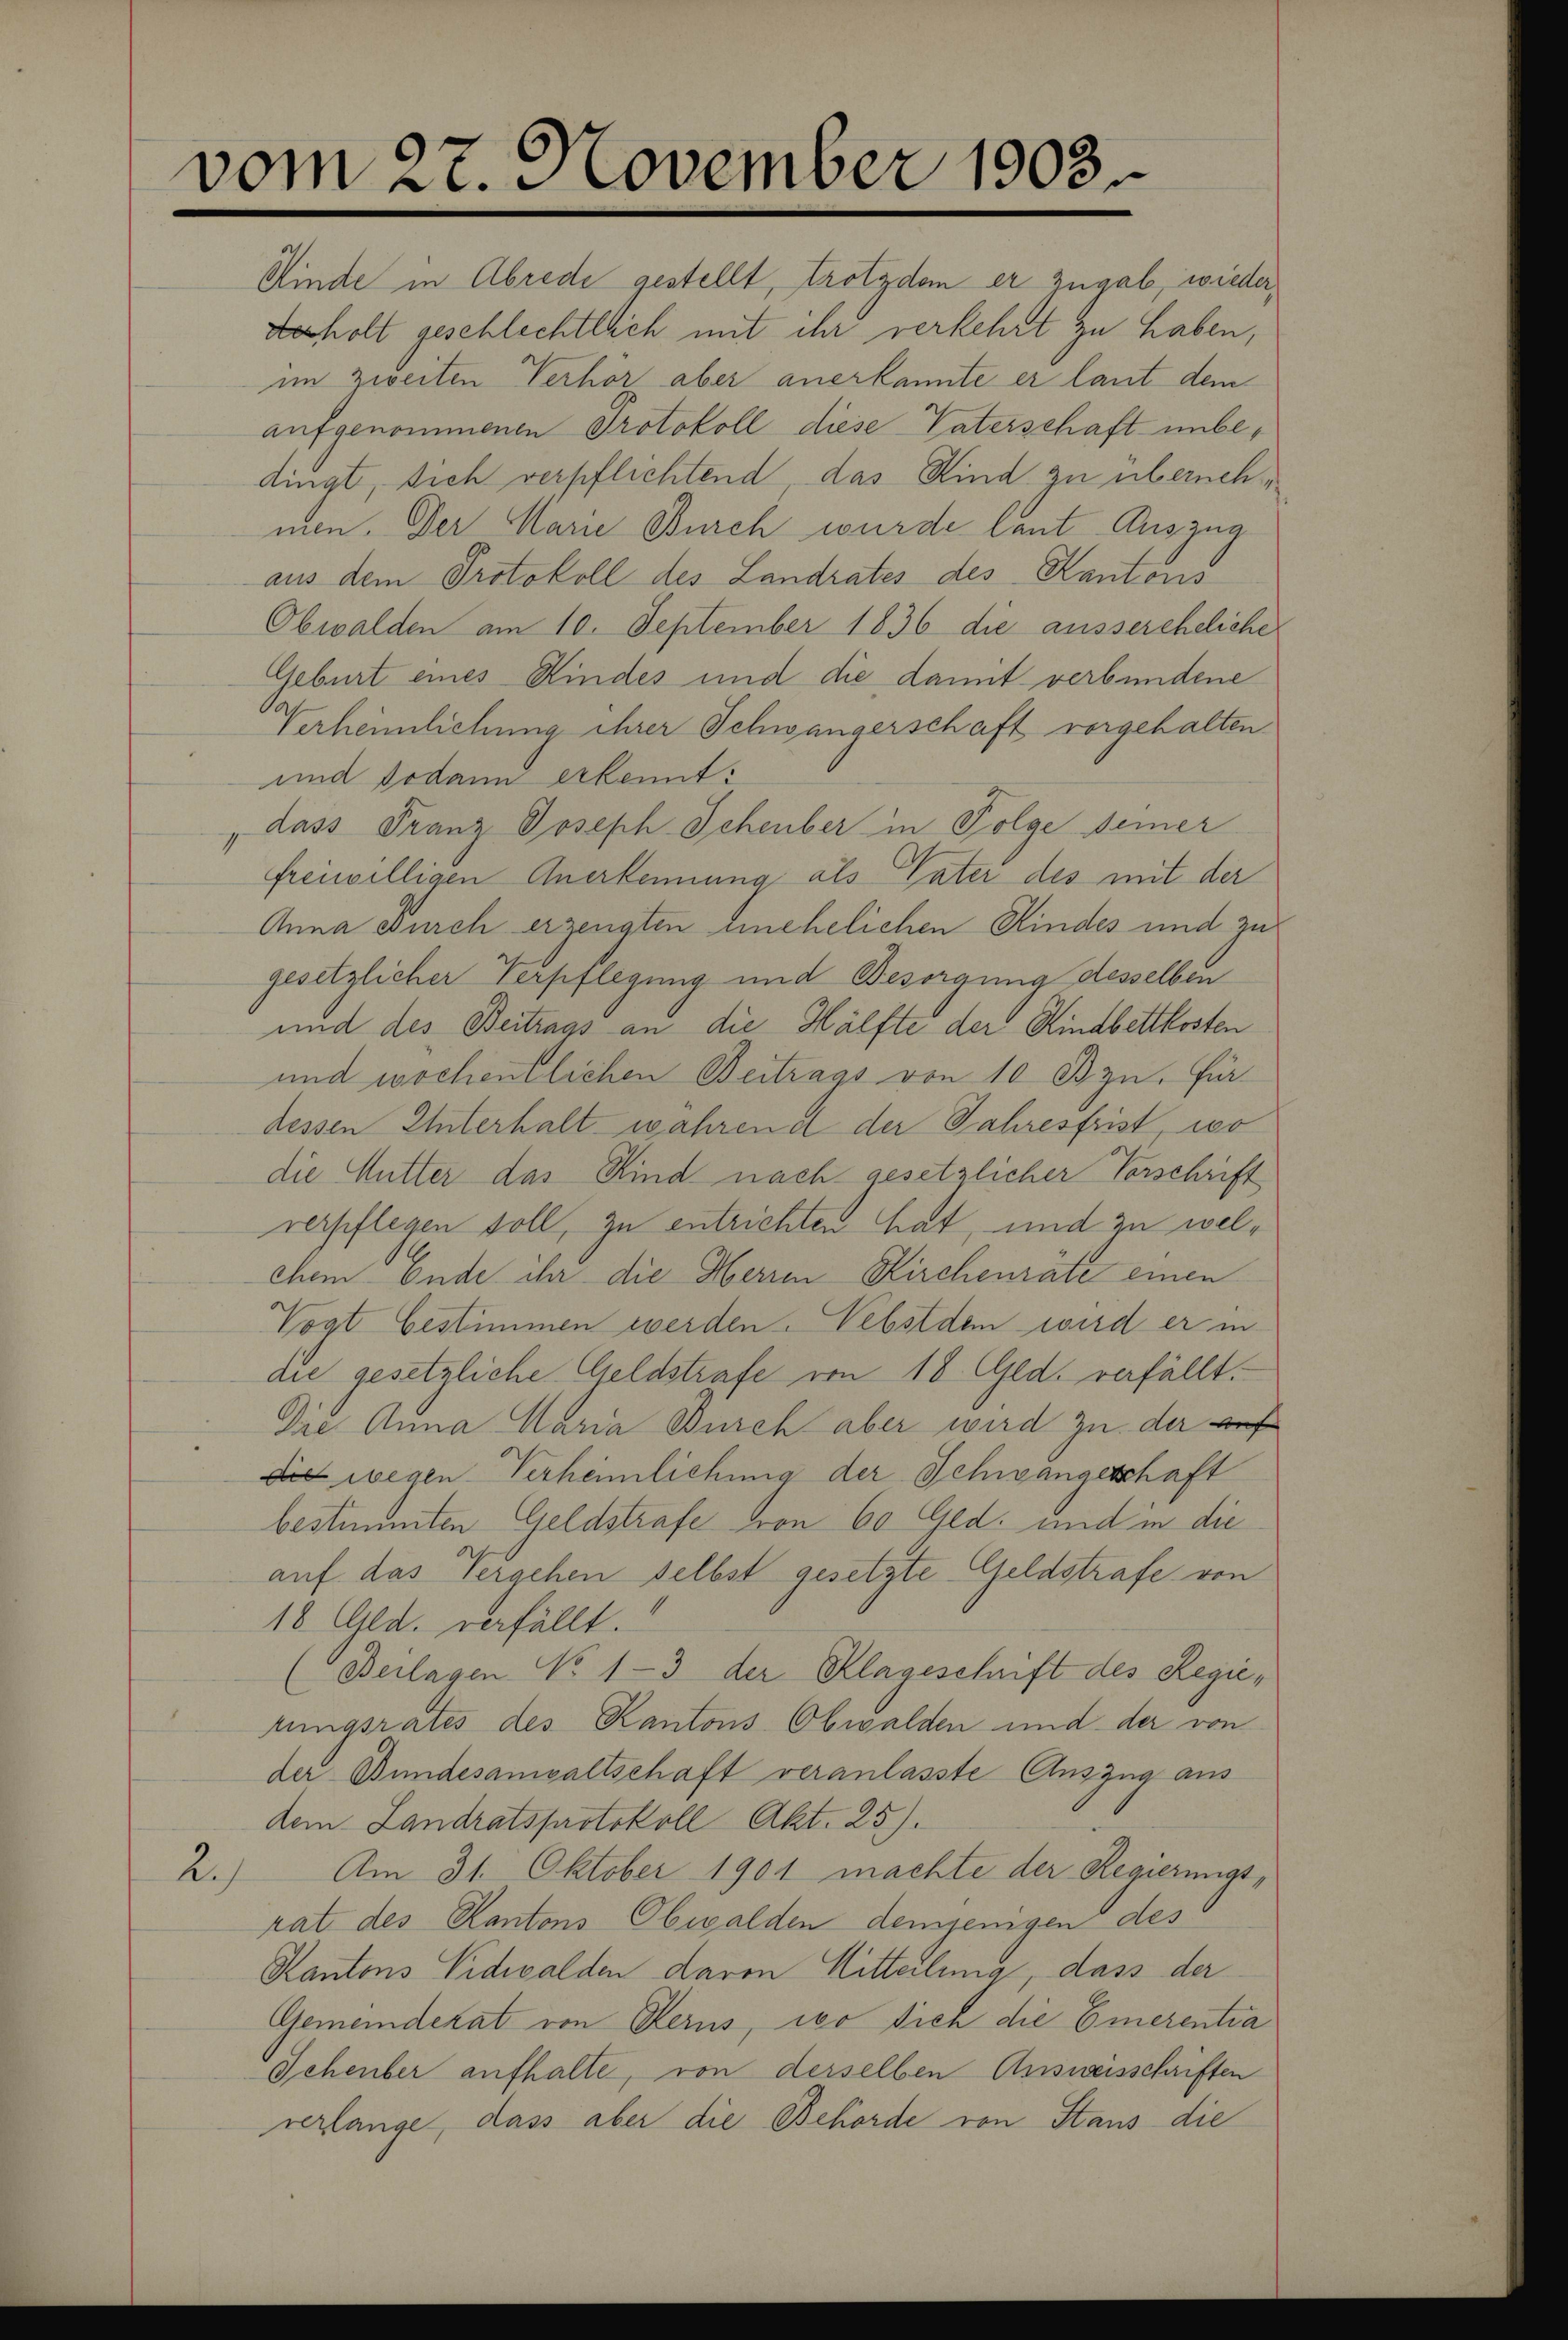
vom 27. November 1903.

derholt geschlechtlich mit ihr verkehrt zu haben,
im zweiten Verhör aber anerkannte er laut dem
aufgenommenen Protokoll diese Vaterschaft unbedingt, sich verpflichtend, das Kind zu übernehmen. Der Marie Burch wurde laut Auszug
aus dem Protokoll des Landrates des Kantons
Obwalden am 10. September 1836 die aussereheliche
Geburt eines Kindes und die damit verbundene
Verheimlichung ihrer Schwängerschaft vorgehalten.
und sodann erkennt:
„dass Franz Joseph Schenber in Folge seiner
freiwilligen Anerkennung als Vater des mit der
Anna Burch erzeugten unehelichen Kindes und zu
gesetzlicher Verpflegung und Besorgung desselben
und des Beitrags an die Hälfte der Kindbettkosten
und wochentlichen Beitrags von 10 Bzn. Für
dessen Unterhalt wahren a der Jahresfrist, wo
die Mutter das Kind nach gesetzlicher Vorschrift
verpflegen soll, zu entrichten hat, und zu welchem Ende ihr die Herren Kirchenräte einen
Vogt bestimmen werden. Nebstdem wird er in
die gesetzliche Geldstrafe von 18. Ged. verfällt.
Dre Anna Maria Burch aber wird zu der auf
die wegen Verheimlichung der Schwangeschaft
bestimmten Geldstrafe von 60 Ged. und in die
auf das Vergehen selbst gesetzte Geldstrafe von
10 Gld. verfällt.
(Beilagen No 1-3 der Klageschrift des Regietungsrates des Kantons Obwalden und der von
der Bundesanwaltschaft veranlasste Auszug aus
dem Landratsprotokoll Akt. 25).
2.) Am 21. Oktober 1901 machte der Regierungsrat des Kantons Obwalden demjenigen des
Kantons Nidwalden davon Mitteilung, dass der
Gemeinderat von Herus, wo sich die Emerentia
Schenber aufhalte, von derselben Ausweisschriften
verlange, dass aber die Behörde von Staus die

Minde in Abrede gestellt, trotzdem er zugab, wieder,